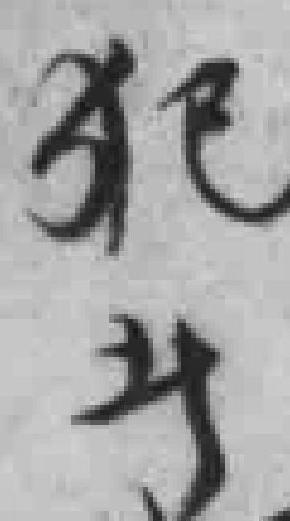
犯者